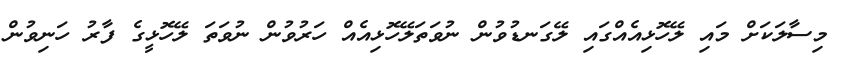
މިސާލަކަށް މައި ލޭހޮޅިއެއްގައި ލޭގަނޑުވުން ނުވަތަލޭހޮޅިއެއް ހަރުވުން ނުވަތަ ލޭހޮޅީގެ ފާރު ހަނިވުން